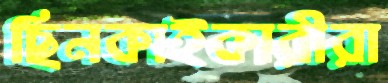
ছিনকাইকারীরা